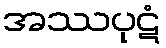
အဿပုဋံ